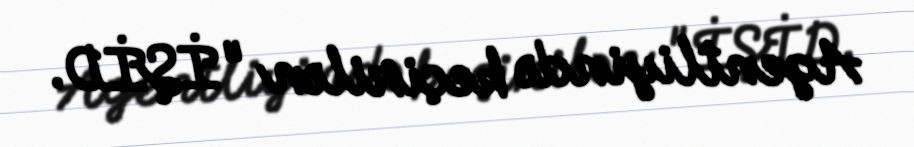
Agentliyində keçirilən "İŞİD.